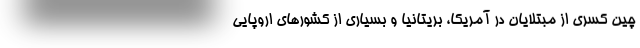
چین کسری از مبتلایان در آمریکا، بریتانیا و بسیاری از کشورهای اروپایی